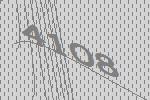
4108